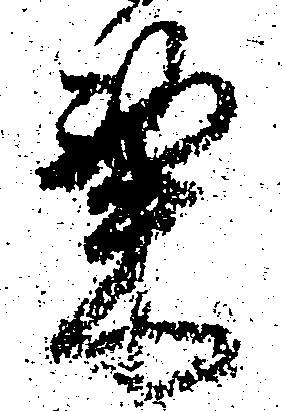
粟